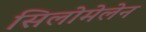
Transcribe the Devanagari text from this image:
सिलोमेलेन